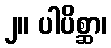
၂။ ပါပိစ္ဆာ၊